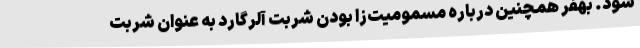
شود. بهفر همچنین درباره مسمومیت‌زا بودن شربت آلرگارد به عنوان شربت